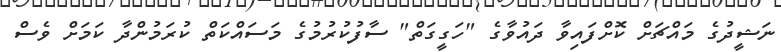
ނަޝީދުގެ މައްޗަށް ކޮށްފައިވާ ދައުވާގެ "ހަގީގަތް" ސާފުކުރުމުގެ މަސައްކަތް ކުރަމުންދާ ކަމަށް ވެސް